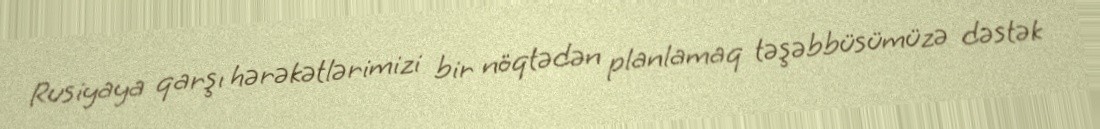
Rusiyaya qarşı hərəkətlərimizi bir nöqtədən planlamaq təşəbbüsümüzə dəstək